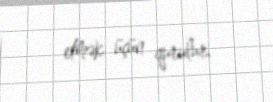
etmək üçün qurulur.